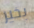
بخير